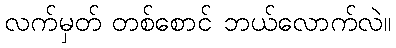
လက်မှတ် တစ်စောင် ဘယ်လောက်လဲ။